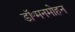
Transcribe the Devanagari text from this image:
डॉ॰मनमोहन